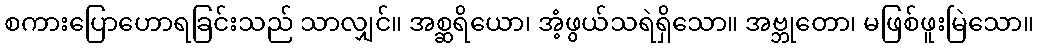
စကားပြောဟောရခြင်းသည် သာလျှင်။ အစ္ဆရိယော၊ အံ့ဖွယ်သရဲရှိသော။ အဗ္ဘုတော၊ မဖြစ်ဖူးမြဲသော။